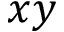
x y